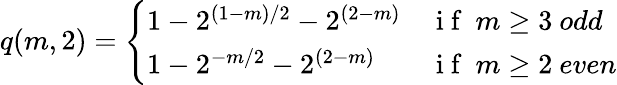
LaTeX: q(m,2)=\left\{ \begin{array}{ll}{1-2^{(1-m)/2}-2^{(2-m)}}&{\mathrm{~i~f~}\ m\geq 3\ odd}\\ {1-2^{-m/2}-2^{(2-m)}}&{\mathrm{~i~f~}\ m\geq 2\ even}\end{array}\right.